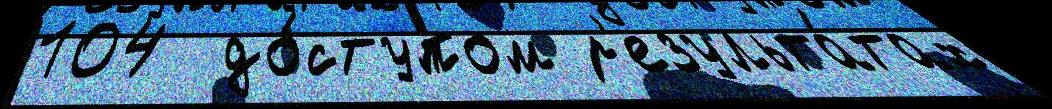
104  до́ступом р'езульта́тах